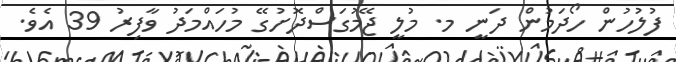
ފުލުހުން ހޯދަމުން ދަނީ މ. މުލީ ޖޭމުގަސްދޮށުގޭ މުހައްމަދު ވާފިރު 39 އެވެ.